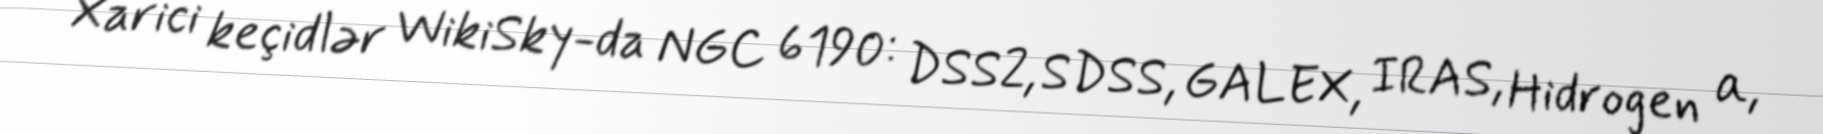
Xarici keçidlər WikiSky-da NGC 6190: DSS2, SDSS, GALEX, IRAS, Hidrogen α,